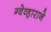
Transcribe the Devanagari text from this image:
ग्वेव्हाराने